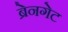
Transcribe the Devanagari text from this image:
ब्रेनगेट